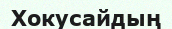
Хокусайдың